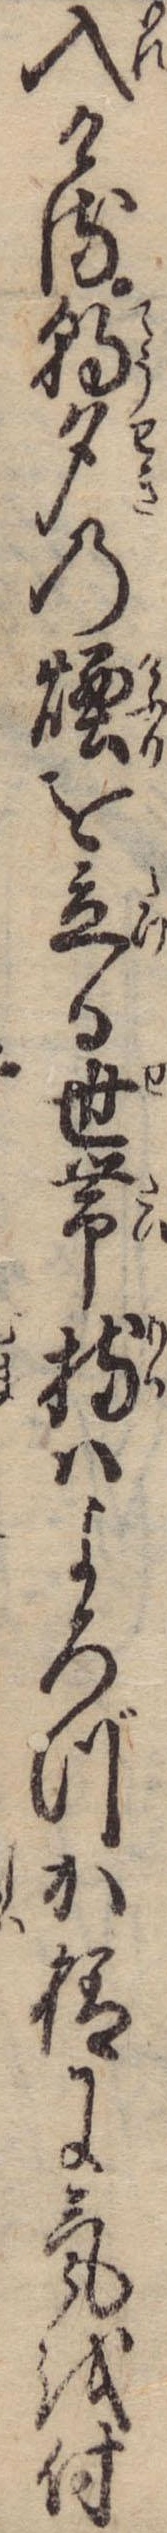
入ける朝夕の煙を立る世帯持はよろづか様に気を付